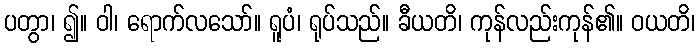
ပတွာ၊ ၍။ ဝါ၊ ရောက်လသော်။ ရူပံ၊ ရုပ်သည်။ ခီယတိ၊ ကုန်လည်းကုန်၏။ ဝယတိ၊